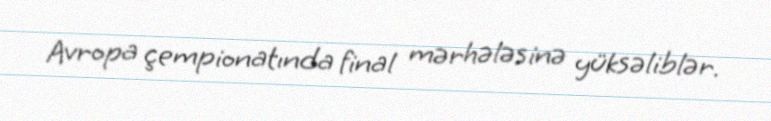
Avropa çempionatında final mərhələsinə yüksəliblər.